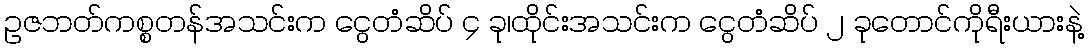
ဥဇဘတ်ကစ္စတန်အသင်းက ငွေတံဆိပ် ၄ ခု၊ထိုင်းအသင်းက ငွေတံဆိပ် ၂ ခုတောင်ကိုရီးယားနဲ့